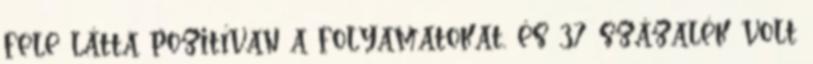
fele látta pozitívan a folyamatokat, és 37 százalék volt